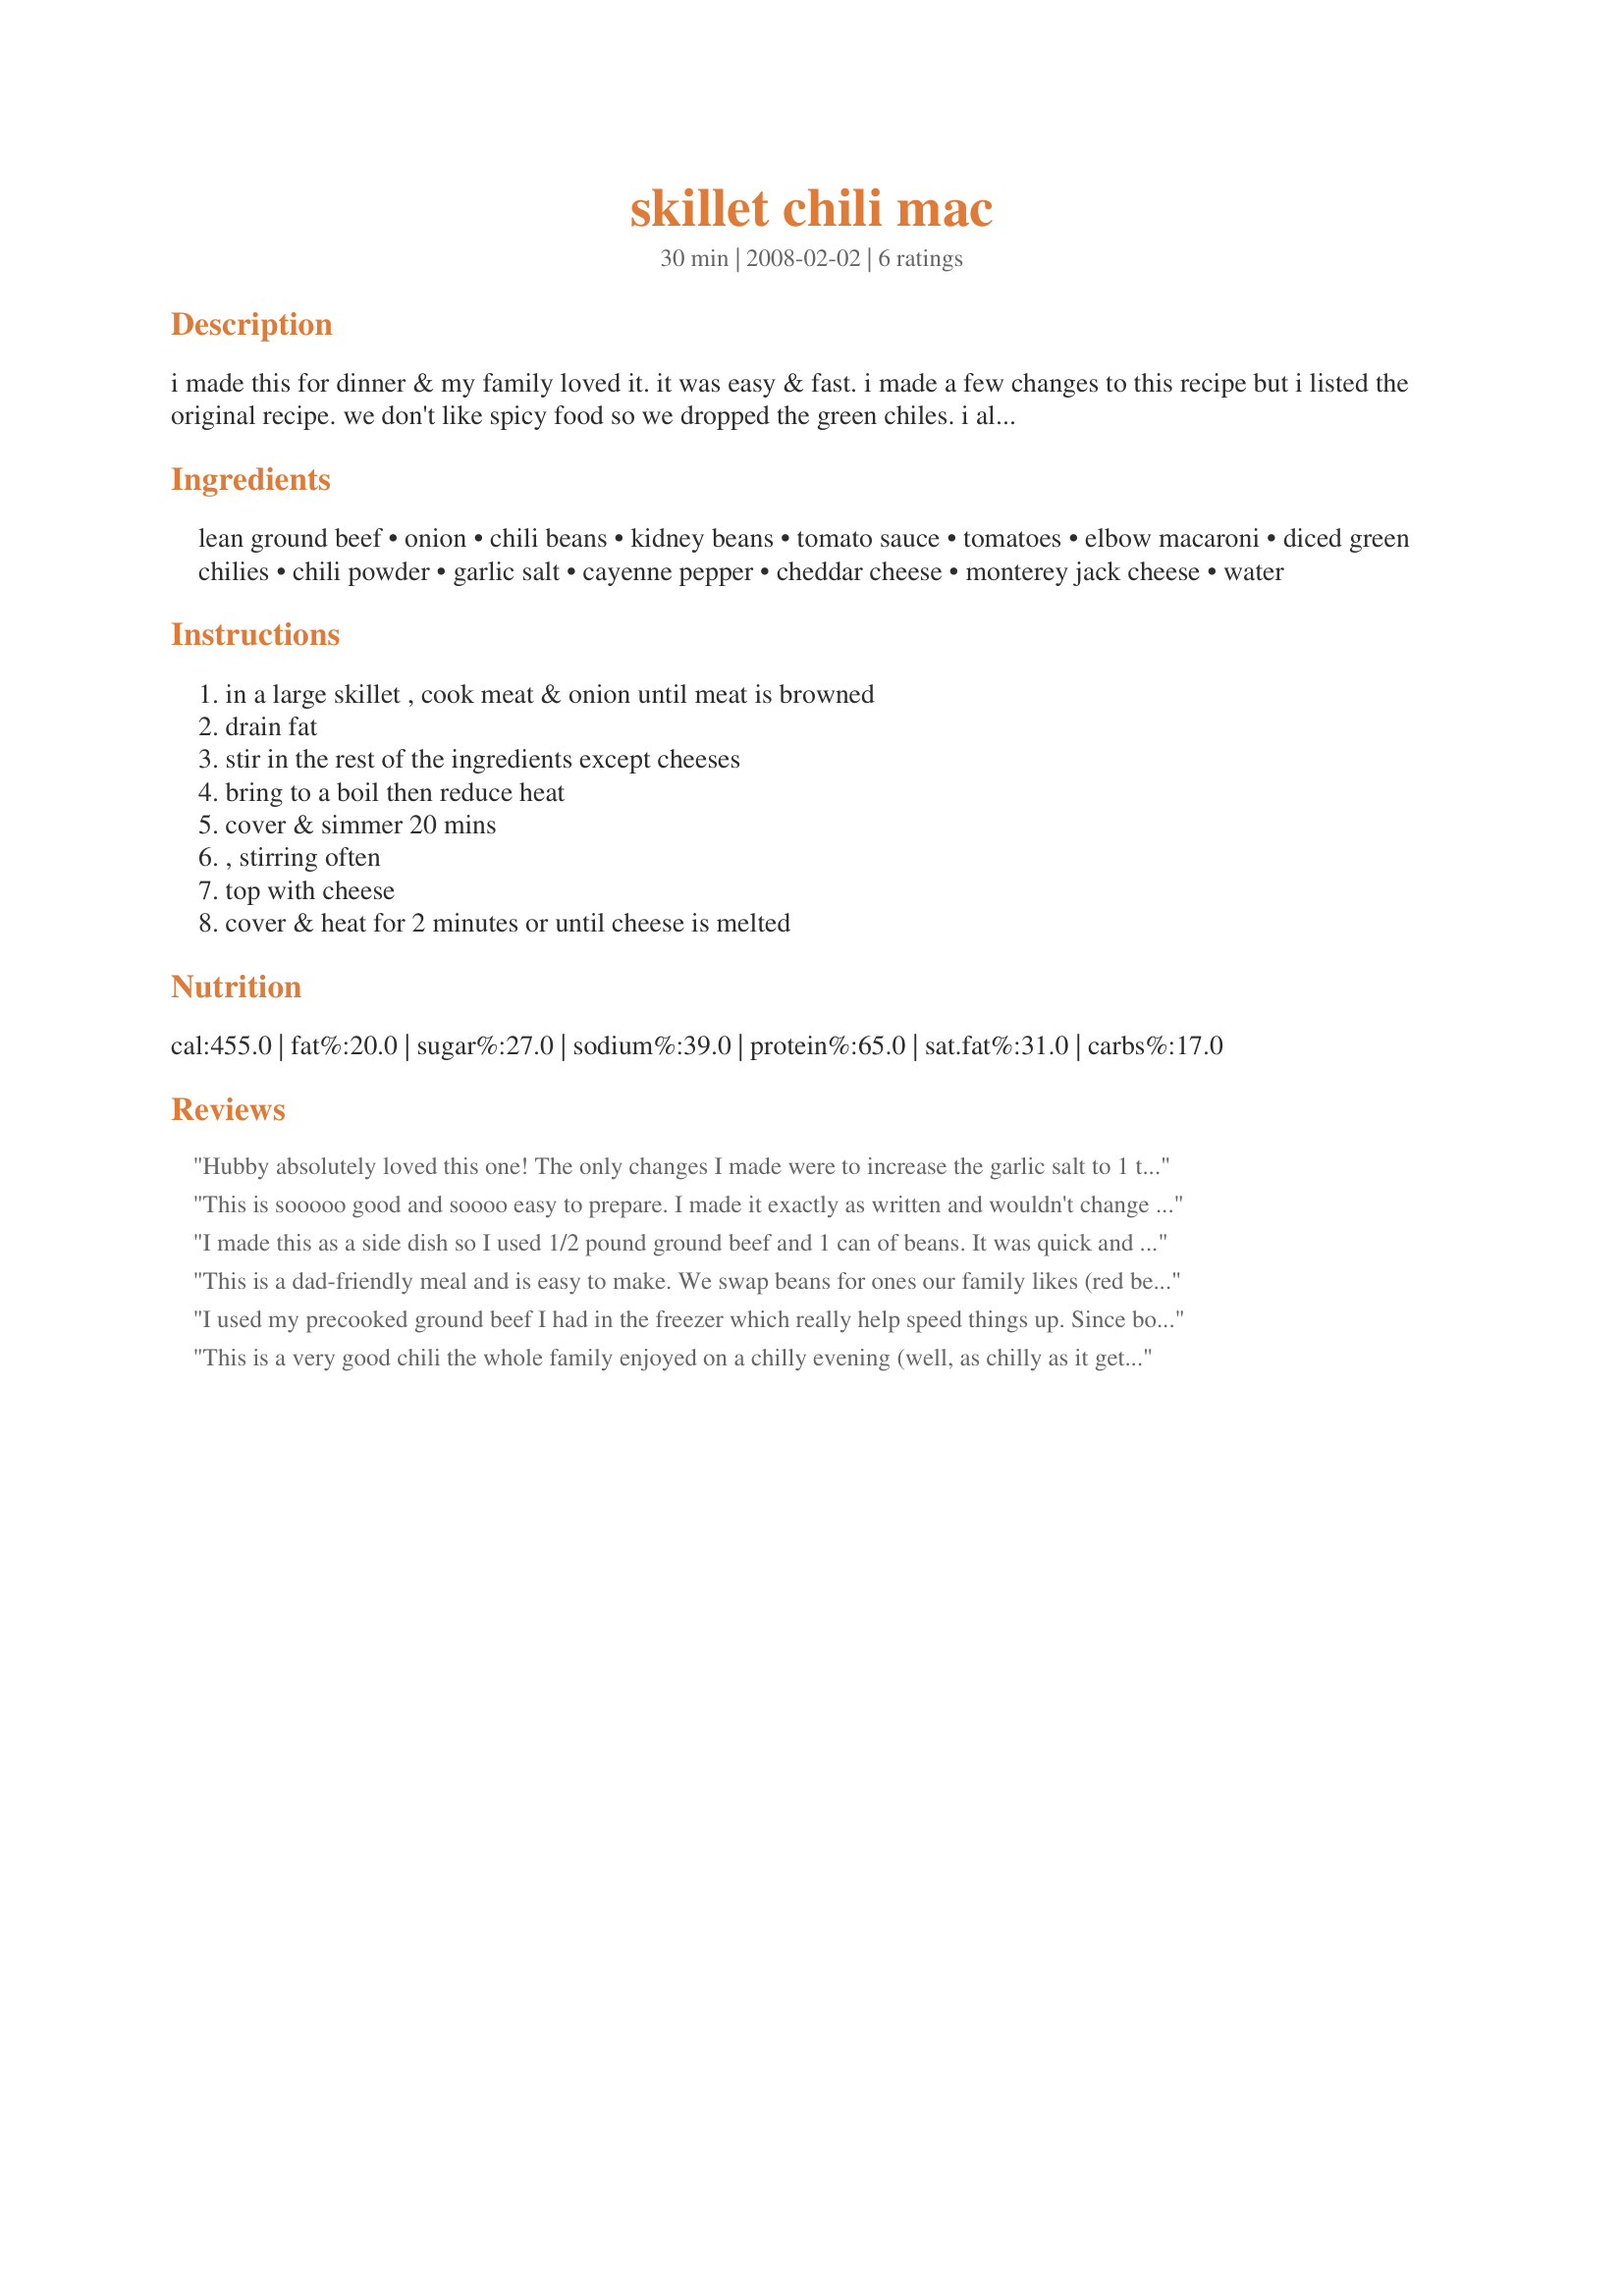
skillet chili mac
Preparation time: 30 minutes

i made this for dinner & my family loved it. it was easy & fast. i made a few changes to this recipe but i listed the original recipe.
we don't like spicy food so we dropped the green chiles. i also used mexican style canned tomatoes & santa fe style canned beans, undrained.

Ingredients:
lean ground beef, onion, chili beans, kidney beans, tomato sauce, tomatoes, elbow macaroni, diced green chilies, chili powder, garlic salt, cayenne pepper, cheddar cheese, monterey jack cheese, water

Steps:
in a large skillet , cook meat & onion until meat is browned, drain fat, stir in the rest of the ingredients except cheeses, bring to a boil then reduce heat, cover & simmer 20 mins, , stirring often, top with cheese, cover & heat for 2 minutes or until cheese is melted

Reviews:
Hubby absolutely loved this one! The only changes I made were to increase the garlic salt to 1 teaspoon garlic powder (we LOVE garlic) and use 1/4 teaspoon regular salt. I also used 2 cans of chili beans. I left everything else the same. It is on the hot side and I used mild Hatch chilies, so you may want to dial back the heat a bit if you're not that adventuresome! Momma Jenn, thank you for a wonderful addition to my "collection". It will definitely go into my regular rotation. Thank you also for posting the recipe in it's original form and noting your changes! I wish more posters did it that way instead of posting their "adaptations". Thanks again!
This is sooooo good and soooo easy to prepare. I made it exactly as written and wouldn't change a thing. Great comfort food. Can't wait to make it again. Thanks for sharing, Chef Lil' Momma Jenn.
I made this as a side dish so I used 1/2 pound ground beef and 1 can of beans. It was quick and easy. I usually don't put green chilis in red chile, and found it was a great idea. I did find it was a bit bland as written, so I increased the garlic and the chile powder and added some oregano.
This is a dad-friendly meal and is easy to make. We swap beans for ones our family likes (red beans and pinto beans), but this will work with most anything along those lines.
I used my precooked ground beef I had in the freezer which really help speed things up. Since both beans were to be drained, I just used a 30 oz can of dark red kidney beans. I also added more garlic and a little less cayenne pepper, as I have young children eating this. Made for Rejoice! It's "National Tomato Month" tag game! 2012
This is a very good chili the whole family enjoyed on a chilly evening (well, as chilly as it gets in San Diego, which is never overly cool). I followed the ingredients and directions with just a couple of minor exceptions; I used a spicy Mexican 8 oz. can of tomato sauce and a can of diced fire roasted tomatoes with garlic. Since I used the spicier tomato sauce, I eliminated the cayenne pepper. We love spicy food and it certainly was with my small changes. Served with corn bread to round out a perfect meal. Thanks for sharing Chef Lil&#039; Momma Jenn.
